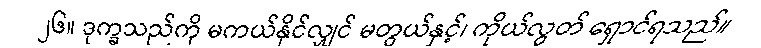
၂၆။ ဒုက္ခသည်ကို မကယ်နိုင်လျှင် မတွယ်နှင့်၊ ကိုယ်လွတ် ရှောင်ရသည်။